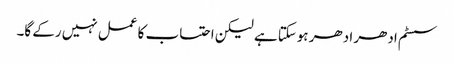
سسٹم ادھر ادھر ہوسکتا ہے لیکن احتساب کا عمل نہیں رکے گا۔